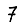
Digit: 7